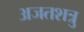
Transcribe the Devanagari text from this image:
अजतशत्रु